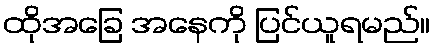
ထိုအခြေ အနေကို ပြင်ယူရမည်။